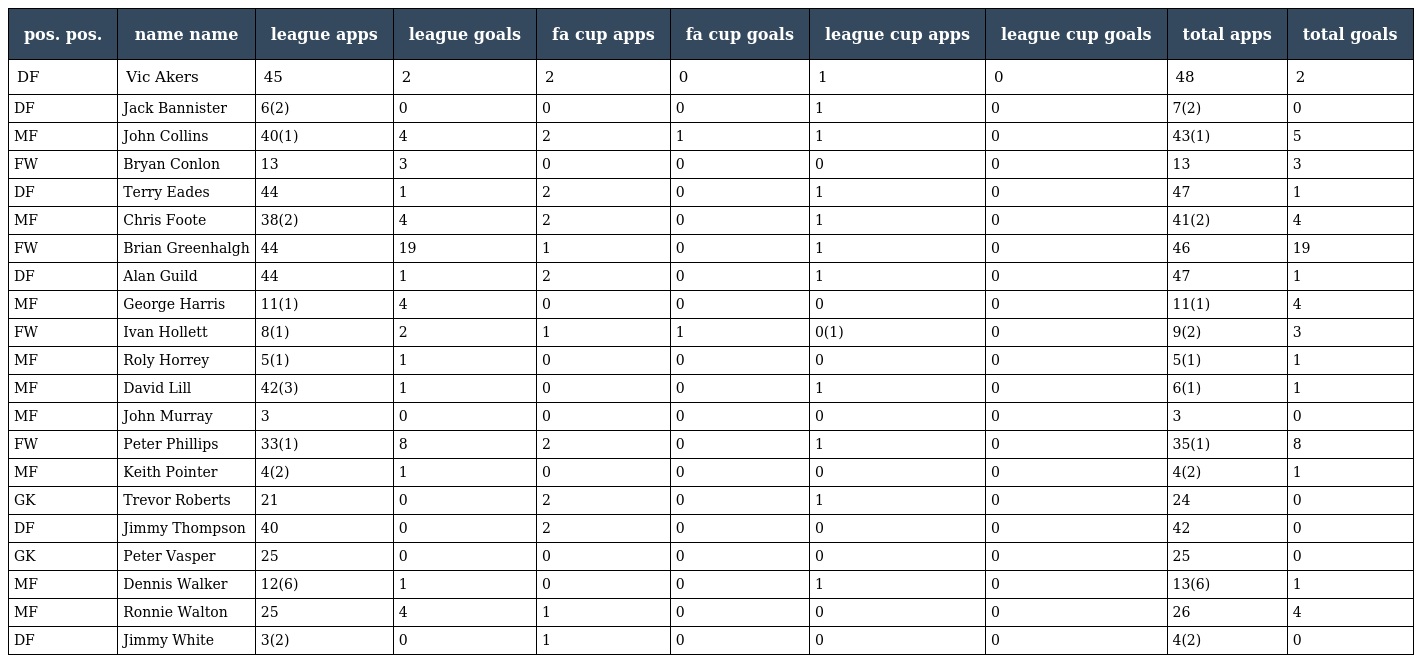
| pos. pos. | name name | league apps | league goals | fa cup apps | fa cup goals | league cup apps | league cup goals | total apps | total goals |
 | --- | --- | --- | --- | --- | --- | --- | --- | --- | --- |
 | DF | Vic Akers | 45 | 2 | 2 | 0 | 1 | 0 | 48 | 2 |
 | DF | Jack Bannister | 6(2) | 0 | 0 | 0 | 1 | 0 | 7(2) | 0 |
 | MF | John Collins | 40(1) | 4 | 2 | 1 | 1 | 0 | 43(1) | 5 |
 | FW | Bryan Conlon | 13 | 3 | 0 | 0 | 0 | 0 | 13 | 3 |
 | DF | Terry Eades | 44 | 1 | 2 | 0 | 1 | 0 | 47 | 1 |
 | MF | Chris Foote | 38(2) | 4 | 2 | 0 | 1 | 0 | 41(2) | 4 |
 | FW | Brian Greenhalgh | 44 | 19 | 1 | 0 | 1 | 0 | 46 | 19 |
 | DF | Alan Guild | 44 | 1 | 2 | 0 | 1 | 0 | 47 | 1 |
 | MF | George Harris | 11(1) | 4 | 0 | 0 | 0 | 0 | 11(1) | 4 |
 | FW | Ivan Hollett | 8(1) | 2 | 1 | 1 | 0(1) | 0 | 9(2) | 3 |
 | MF | Roly Horrey | 5(1) | 1 | 0 | 0 | 0 | 0 | 5(1) | 1 |
 | MF | David Lill | 42(3) | 1 | 0 | 0 | 1 | 0 | 6(1) | 1 |
 | MF | John Murray | 3 | 0 | 0 | 0 | 0 | 0 | 3 | 0 |
 | FW | Peter Phillips | 33(1) | 8 | 2 | 0 | 1 | 0 | 35(1) | 8 |
 | MF | Keith Pointer | 4(2) | 1 | 0 | 0 | 0 | 0 | 4(2) | 1 |
 | GK | Trevor Roberts | 21 | 0 | 2 | 0 | 1 | 0 | 24 | 0 |
 | DF | Jimmy Thompson | 40 | 0 | 2 | 0 | 0 | 0 | 42 | 0 |
 | GK | Peter Vasper | 25 | 0 | 0 | 0 | 0 | 0 | 25 | 0 |
 | MF | Dennis Walker | 12(6) | 1 | 0 | 0 | 1 | 0 | 13(6) | 1 |
 | MF | Ronnie Walton | 25 | 4 | 1 | 0 | 0 | 0 | 26 | 4 |
 | DF | Jimmy White | 3(2) | 0 | 1 | 0 | 0 | 0 | 4(2) | 0 |